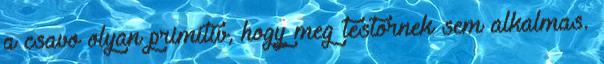
a csavo olyan primitiv, hogy meg testornek sem alkalmas.